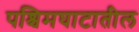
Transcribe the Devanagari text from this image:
पश्चिमघाटातील